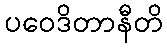
ပဝေဒိတာနီတိ